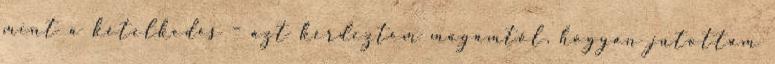
mint a kételkedés – azt kérdeztem magamtól, hogyan jutottam